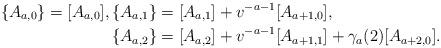
LaTeX: \begin{align*}\{A_{a,0}\} = [A_{a,0}],\{A_{a,1}\} &= [A_{a,1}] +v^{-a-1} [A_{a+1,0}],\\\{A_{a,2}\} &=[A_{a,2}] +v^{-a-1} [A_{a+1,1}] + \gamma_a(2) [A_{a+2,0}].\end{align*}